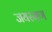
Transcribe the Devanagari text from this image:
जयरमण